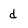
Character: d